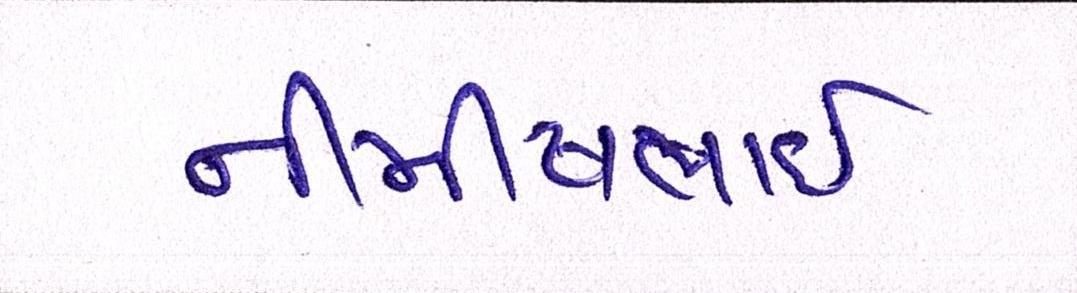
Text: નીમીષભાઈ